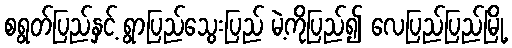
စရွတ်ပြည်နှင့် ရွာပြည်သွေးပြည် မဲ့ကိုပြည်၍ လေပြည်ပြည်မြို့